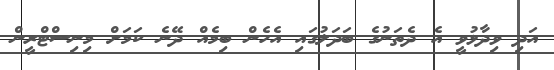
އަދި ވިދާޅުވީ އެ ދެތަނުގެ ބަދަލުގައި އެހެން ބިމެއް ދޭނެ ކަމަށް މިނިސްޓްރީން